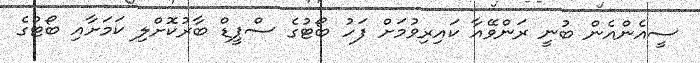
ސީއެންއެން ބުނީ ރަންވޭއާ ކައިރިވުމަށް ފަހު ބޯޓުގެ ސްޕީޑް ބާރުކޮށްލި ކަމަށާއި ބޯޓުގެ